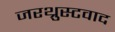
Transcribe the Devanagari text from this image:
जरथ्रुस्टवाद